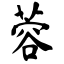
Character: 蓉